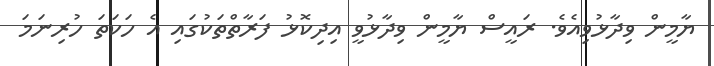
ޔާމީން ވިދާޅުވިއެވެ. ރައީސް ޔާމީން ވިދާޅުވީ އިދިކޮޅު ފަރާތްތަކުގައި އެ ހަކަތަ ހުރިނަމަ